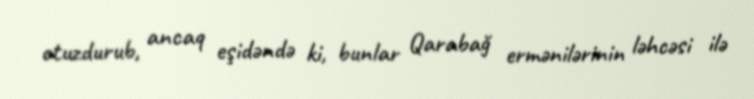
otuzdurub, ancaq eşidəndə ki, bunlar Qarabağ ermənilərinin ləhcəsi ilə